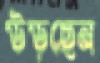
উড়ছেন